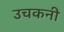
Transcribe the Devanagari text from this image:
उचकनी